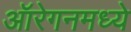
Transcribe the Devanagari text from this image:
ऑरेगनमध्ये